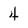
Character: 4